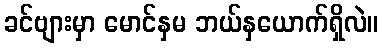
ခင်ဗျားမှာ မောင်နှမ ဘယ်နှယောက်ရှိလဲ။